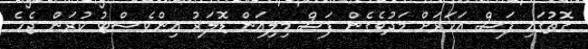
ގޮތުގައި ފަސް އަހަރަށް މަދުވެގެން ފަސް މިލިއަން ޑޮލަރު އިންވެސްޓު ކުރަން ޖެހެެ